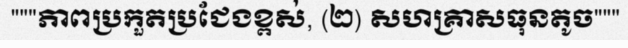
"""ភាពប្រកួតប្រជែងខ្ពស់, (២) សហគ្រាសធុនតូច"""